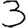
Digit: 3